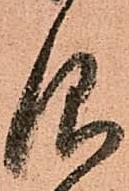
仰